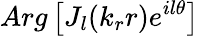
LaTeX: Arg\left[J_{l}(k_{r}r)e^{il\theta}\right]